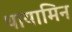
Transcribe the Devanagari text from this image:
थायामिन